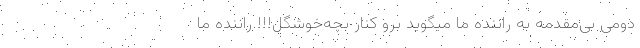
دومی بی‌مقدمه به راننده ما میگوید برو کنار بچه‌خوشگل!!! راننده ما